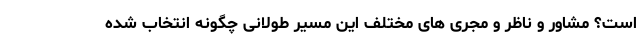
است؟ مشاور و ناظر و مجری های مختلف این مسیر طولانی چگونه انتخاب شده